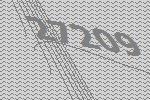
27209